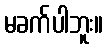
မခက်ပါဘူး။